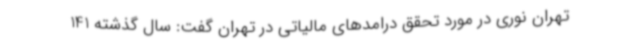
تهران نوری در مورد تحقق درامدهای مالیاتی در تهران گفت: سال گذشته 141